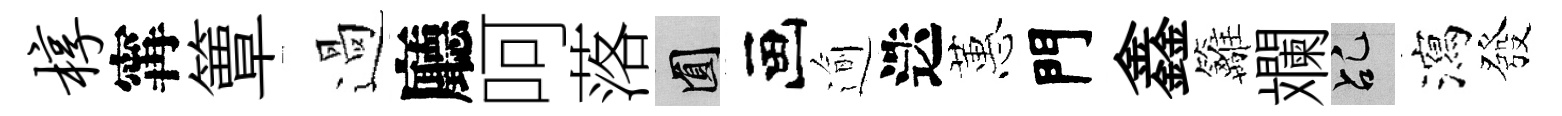
椁𡩋簟過廳呵落圓画逾迭蕙門鑫籬斕乩瀉發